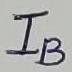
Text: IB